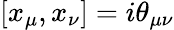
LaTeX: \left[x_{\mu},x_{\nu}\right]=i\theta_{\mu\nu}